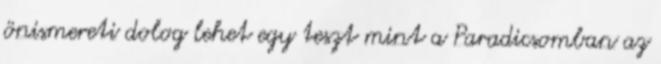
önismereti dolog lehet egy teszt mint a Paradicsomban az